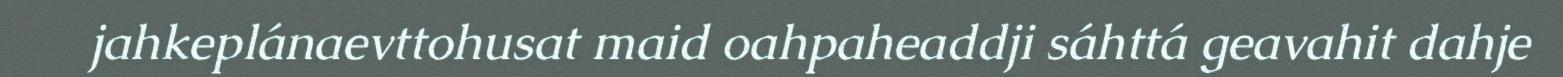
jahkeplánaevttohusat maid oahpaheaddji sáhttá geavahit dahje